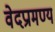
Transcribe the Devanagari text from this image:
वेदप्रामण्य